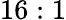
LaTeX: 16:1